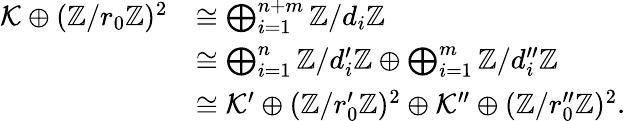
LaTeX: \begin{array}{rl}{\mathcal{K}\oplus(\mathbb{Z}/r_{0}\mathbb{Z})^{2}}&{\cong\bigoplus_{i=1}^{n+m}\mathbb{Z}/d_{i}\mathbb{Z}}\\ &{\cong\bigoplus_{i=1}^{n}\mathbb{Z}/d_{i}^{\prime}\mathbb{Z}\oplus\bigoplus_{i=1}^{m}\mathbb{Z}/d_{i}^{\prime\prime}\mathbb{Z}}\\ &{\cong\mathcal{K}^{\prime}\oplus(\mathbb{Z}/r_{0}^{\prime}\mathbb{Z})^{2}\oplus\mathcal{K}^{\prime\prime}\oplus(\mathbb{Z}/r_{0}^{\prime\prime}\mathbb{Z})^{2}.}\end{array}